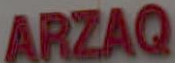
ARZAQ